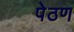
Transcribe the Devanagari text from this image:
पेठण